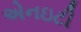
એનઇટી